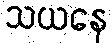
သယနေ